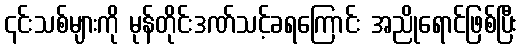
၎င်းသစ်များကို မုန်တိုင်းဒဏ်သင့်ခရကြောင်း အညိုရောင်ဖြစ်ပြီး